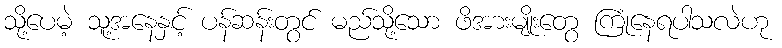
သို့ပေမဲ့ သူ့အနေနှင့် ပန်ဆန်းတွင် မည်သို့သော ဖိအားမျိုးတွေ ကြုံနေရပါသလဲဟု